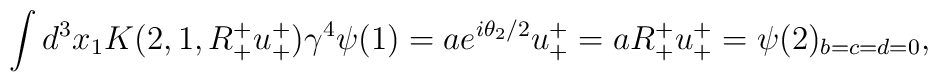
\int d^{3} x_{1} K(2,1,R_{+}^{+} u_{+}^{+}) \gamma^{4} \psi(1) = a e^{i \theta_{2} / 2} u_{+}^{+} = aR_{+}^{+} u_{+}^{+} = \psi(2)_{b=c=d=0},